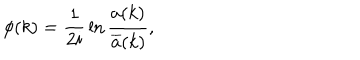
\phi ( k ) = { \frac 1 { 2 i } } \ln \frac { a ( k ) } { \overline { { { a } } } ( k ) } ,